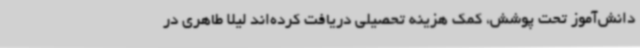
دانش‌آموز تحت پوشش، کمک هزینه تحصیلی دریافت کرده‌اند لیلا طاهری در